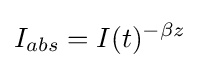
I_{abs}=I(t)^{-\beta z}